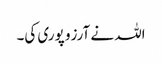
اللہ نے آرزو پوری کی۔